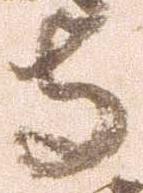
寺